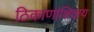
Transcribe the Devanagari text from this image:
ठिकाणांशिवाय